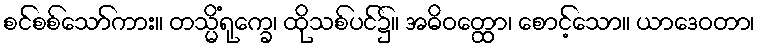
စင်စစ်သော်ကား။ တသ္မိံရုက္ခေ၊ ထိုသစ်ပင်၌။ အဓိဝတ္ထော၊ စောင့်သော။ ယာဒေဝတာ၊